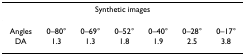
| <COLSPAN=7> Synthetic images |
 | --- | --- | --- | --- | --- | --- | --- |
 | Angles | 0–80° | 0–69° | 0–52° | 0–40° | 0–28° | 0–17° |
 | DA | 1.3 | 1.3 | 1.8 | 1.9 | 2.5 | 3.8 |